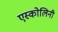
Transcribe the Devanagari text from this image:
एस्कोलिनी